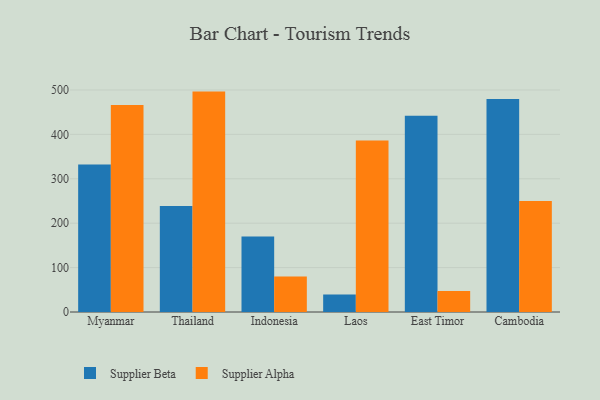
{"axis": {"x": "Country", "y": "Market Share (%)"}, "legend": ["Supplier Alpha", "Supplier Beta"], "data": [{"x": "Myanmar", "y": 332.3, "type": "Supplier Beta"}, {"x": "Myanmar", "y": 466.1, "type": "Supplier Alpha"}, {"x": "Thailand", "y": 238.5, "type": "Supplier Beta"}, {"x": "Thailand", "y": 496.3, "type": "Supplier Alpha"}, {"x": "Indonesia", "y": 170.2, "type": "Supplier Beta"}, {"x": "Indonesia", "y": 80.1, "type": "Supplier Alpha"}, {"x": "Laos", "y": 39.2, "type": "Supplier Beta"}, {"x": "Laos", "y": 386.4, "type": "Supplier Alpha"}, {"x": "East Timor", "y": 442.2, "type": "Supplier Beta"}, {"x": "East Timor", "y": 47.1, "type": "Supplier Alpha"}, {"x": "Cambodia", "y": 479.5, "type": "Supplier Beta"}, {"x": "Cambodia", "y": 249.7, "type": "Supplier Alpha"}]}